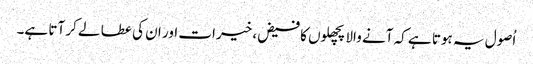
اُصول یہ ہوتا ہے کہ آنے والا پچھلوں کا فیض، خیرات اور ان کی عطا لے کر آتا ہے۔